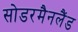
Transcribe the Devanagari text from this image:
सोडरमैनलैंड